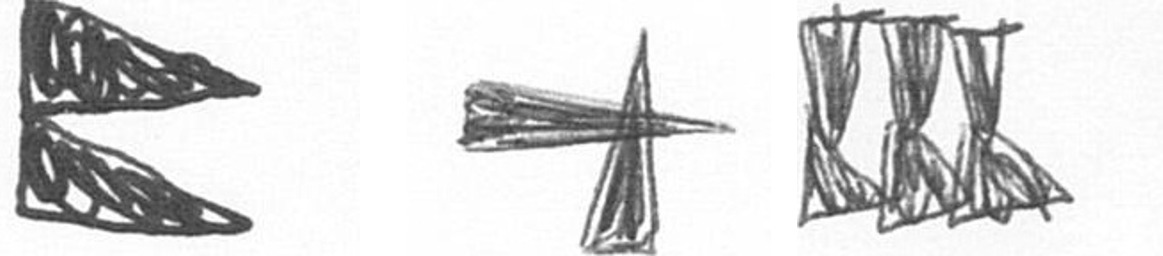
P G D